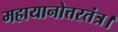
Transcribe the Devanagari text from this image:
महायानोत्तरतंत्र।